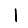
Digit: 1